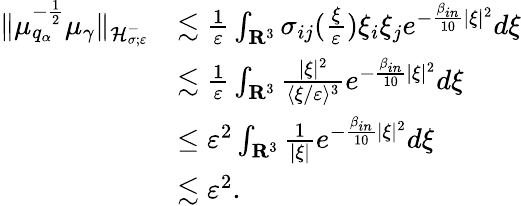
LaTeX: \begin{array}{rl}{\| \mu_{q_{\alpha}}^{-\frac{1}{2}}\mu_{\gamma}\| _{\mathcal H_{\sigma;\varepsilon}^{-}}}&{\lesssim\frac{1}{\varepsilon}\int_{\mathbf R^{3}}\sigma_{ij}(\frac{\xi}{\varepsilon})\xi_{i}\xi_{j}e^{-\frac{\beta_{in}}{10}|\xi|^{2}}d\xi}\\ &{\lesssim\frac{1}{\varepsilon}\int_{\mathbf R^{3}}\frac{|\xi|^{2}}{\langle\xi/\varepsilon\rangle^{3}}e^{-\frac{\beta_{in}}{10}|\xi|^{2}}d\xi}\\ &{\leq\varepsilon^{2}\int_{\mathbf R^{3}}\frac{1}{|\xi|}e^{-\frac{\beta_{in}}{10}|\xi|^{2}}d\xi}\\ &{\lesssim\varepsilon^{2}.}\end{array}